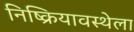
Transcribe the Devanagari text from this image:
निष्क्रियावस्थेला